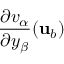
\frac { \partial v _ { \alpha } } { \partial y _ { \beta } } ( { \mathbf { u } } _ { b } )